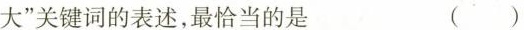
大”关键词的表述，最恰当的是 ()